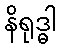
နိရုဒ္ဓါ